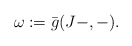
\begin{align*}\omega:=\bar g(J-,-).\end{align*}